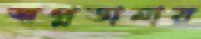
স্বপ্নডানায়